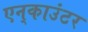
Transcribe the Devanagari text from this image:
एन्‌काउंटर